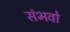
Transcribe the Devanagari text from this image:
संभवो